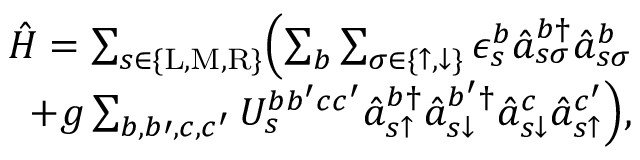
\begin{array} { r } { \hat { H } = \sum _ { s \in \{ \mathrm { L } , \mathrm { M } , \mathrm { R } \} } \Bigl ( \sum _ { b } \sum _ { \sigma \in \{ \uparrow , \downarrow \} } \epsilon _ { s } ^ { b } \hat { a } _ { s \sigma } ^ { b \dagger } \hat { a } _ { s \sigma } ^ { b } } \\ { + g \sum _ { b , b \prime , c , c ^ { \prime } } U _ { s } ^ { b b ^ { \prime } c c ^ { \prime } } \hat { a } _ { s \uparrow } ^ { b \dagger } \hat { a } _ { s \downarrow } ^ { b ^ { \prime } \dagger } \hat { a } _ { s \downarrow } ^ { c } \hat { a } _ { s \uparrow } ^ { c ^ { \prime } } \Bigr ) , } \end{array}